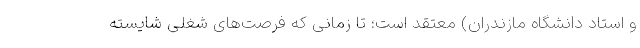
و استاد دانشگاه مازندران) معتقد است؛ تا زمانی که فرصت‌های شغلی شایسته